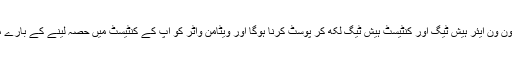
اس کیلئے آپ کو نوفون ون ایئر ہیش ٹیگ اور کنٹیسٹ ہیش ٹیگ لکھ کر پوسٹ کرنا ہوگا اور ویٹامن واٹر کو آپ کے کنٹیسٹ میں حصہ لینے کے بارے میں پتہ چل جائے گا۔